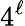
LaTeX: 4^{\ell}